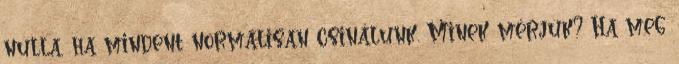
nulla, ha mindent normálisan csinálunk. Minek mérjük? Ha meg